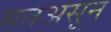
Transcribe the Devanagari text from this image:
मतअसून